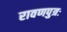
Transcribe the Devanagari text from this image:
रावणपुत्रः